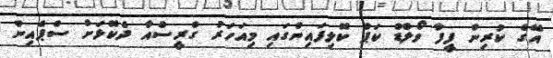
އޭގެ ކުރިން ފީފާ ވޯލްޑް ކަޕް ކޮލިފައިންގައި މިއަހަރު ގްރީސްއާ ދެކޮޅަށް ސްޕެއިން